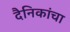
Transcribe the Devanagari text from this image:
दैनिकांचा